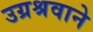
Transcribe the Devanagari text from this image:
उग्रश्रवाने